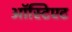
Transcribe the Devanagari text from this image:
ऑस्टिएट